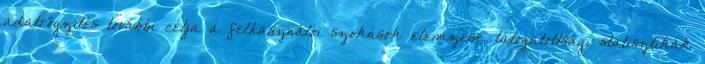
adatrögzítés további célja a felhasználói szokások elemzése, látogatottsági statisztikák